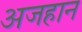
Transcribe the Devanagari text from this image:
अजहान